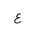
Letter: _ayn